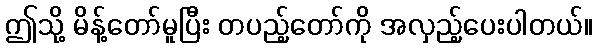
ဤသို့ မိန့်တော်မူပြီး တပည့်တော်ကို အလှည့်ပေးပါတယ်။